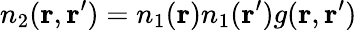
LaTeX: n_{2}(\mathbf{r},\mathbf{r}^{\prime})=n_{1}(\mathbf{r})n_{1}(\mathbf{r}^{\prime})g(\mathbf{r},\mathbf{r}^{\prime})